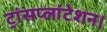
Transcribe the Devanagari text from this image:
ट्रांसप्लांटेशन।